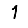
Digit: 1